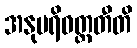
အနုပရိဝတ္တတီတိ